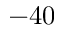
- 4 0